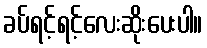
ခပ်ရင့်ရင့်လေးဆိုးပေးပါ။